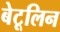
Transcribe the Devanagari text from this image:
बेटूलिन